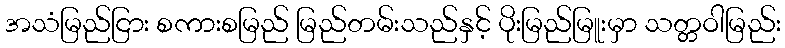
အသံမြည်ငြား စကားစမြည် မြည်တမ်းသည်နှင့် ပိုးမြည်မြူးမှာ သတ္တဝါမြည်း